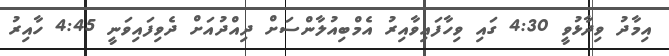
އިމާދު ވިދާޅުވީ 4:30 ގައި ވިހާފައިވާއިރު އެމްބިއުލާންސަށް ދިއްދުއަށް ދެވިފައިވަނީ 4:45 ހާއިރު